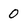
Character: 0